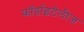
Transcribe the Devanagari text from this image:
कॉर्डाइटेलीज